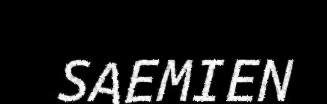
SAEMIEN